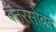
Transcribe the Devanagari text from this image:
बॅनरसोबत